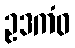
ဥဒကံဝ